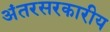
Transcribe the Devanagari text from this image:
अंतरसरकारीय